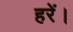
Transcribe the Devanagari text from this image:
हरें।